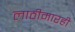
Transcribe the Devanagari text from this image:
लाठीमारही